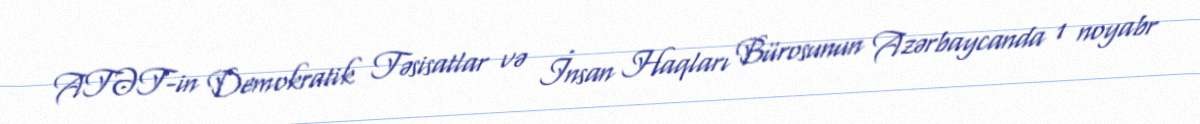
ATƏT-in Demokratik Təsisatlar və İnsan Haqları Bürosunun Azərbaycanda 1 noyabr